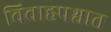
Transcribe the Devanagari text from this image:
विवाहपश्चात